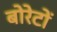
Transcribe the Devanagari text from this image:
बोरेटों